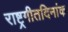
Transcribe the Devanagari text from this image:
राष्ट्रगीतदिनांक